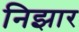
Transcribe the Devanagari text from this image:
निझार